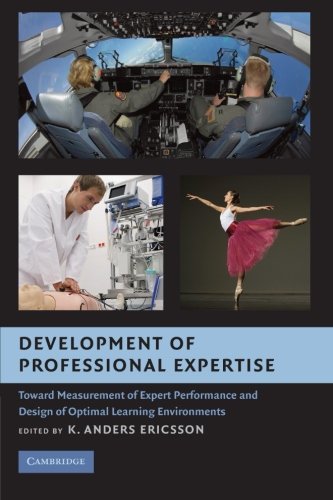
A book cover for Development of Professional Expertise: Toward Measurement of Expert Performance and Design of Optimal Learning Environments; Medical Books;